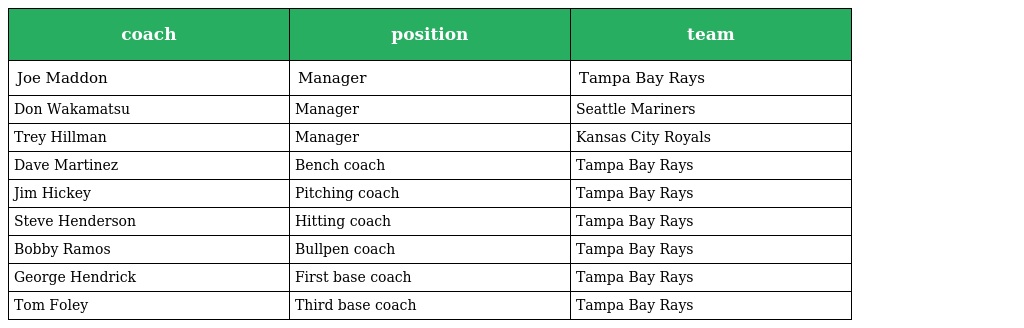
| coach | position | team |
 | --- | --- | --- |
 | Joe Maddon | Manager | Tampa Bay Rays |
 | Don Wakamatsu | Manager | Seattle Mariners |
 | Trey Hillman | Manager | Kansas City Royals |
 | Dave Martinez | Bench coach | Tampa Bay Rays |
 | Jim Hickey | Pitching coach | Tampa Bay Rays |
 | Steve Henderson | Hitting coach | Tampa Bay Rays |
 | Bobby Ramos | Bullpen coach | Tampa Bay Rays |
 | George Hendrick | First base coach | Tampa Bay Rays |
 | Tom Foley | Third base coach | Tampa Bay Rays |